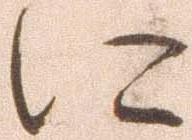
に